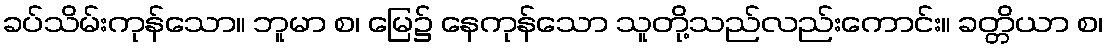
ခပ်သိမ်းကုန်သော။ ဘူမာ စ၊ မြေ၌ နေကုန်သော သူတို့သည်လည်းကောင်း။ ခတ္တိယာ စ၊